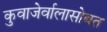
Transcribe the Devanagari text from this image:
कुवाजेर्वालासोबत